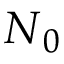
\boldsymbol { { N } } _ { 0 }